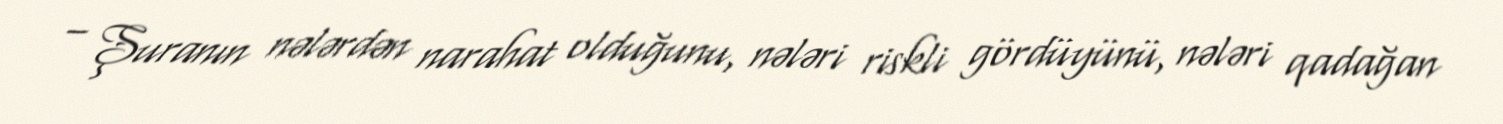
– Şuranın nələrdən narahat olduğunu, nələri riskli gördüyünü, nələri qadağan